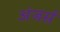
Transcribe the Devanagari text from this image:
अंजर्स